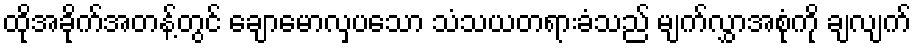
ထိုအခိုက်အတန့်တွင် ချောမောလှပသော သံသယတရားခံသည် မျက်လွှာအစုံကို ချလျက်